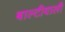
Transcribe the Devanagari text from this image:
बाल्टीवाली